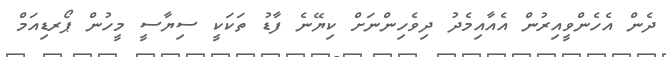
ދެން އެހެންވީއިރުން އެއާއިމެދު ދިވެހިންނަށް ކިޔޭނެ ފާޑު ތަކަކީ ސިޔާސީ މީހުން ޕޯރޑިއަމް